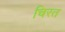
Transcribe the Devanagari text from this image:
चिरत